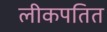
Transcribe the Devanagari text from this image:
लीकपतित